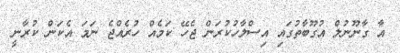
އާ ގާނޫނުލް އުގޫބާތުގައި އިސްލާހުކުރަން ޖެހޭ ކަމެއް ހުރެއްޖެ ނަމަ އެކަން ކުރާނީ